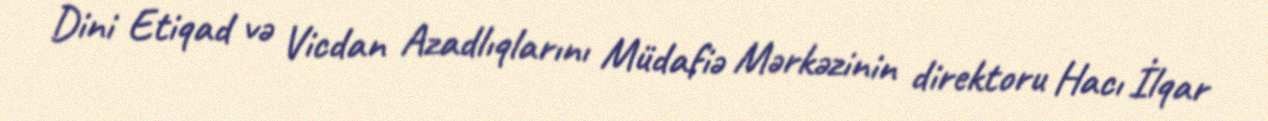
Dini Etiqad və Vicdan Azadlıqlarını Müdafiə Mərkəzinin direktoru Hacı İlqar